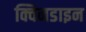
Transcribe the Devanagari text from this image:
क्विनडाइन